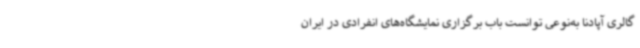
گالری آپادنا به‌نوعی توانست باب برگزاری نمایشگاه‌های انفرادی در ایران